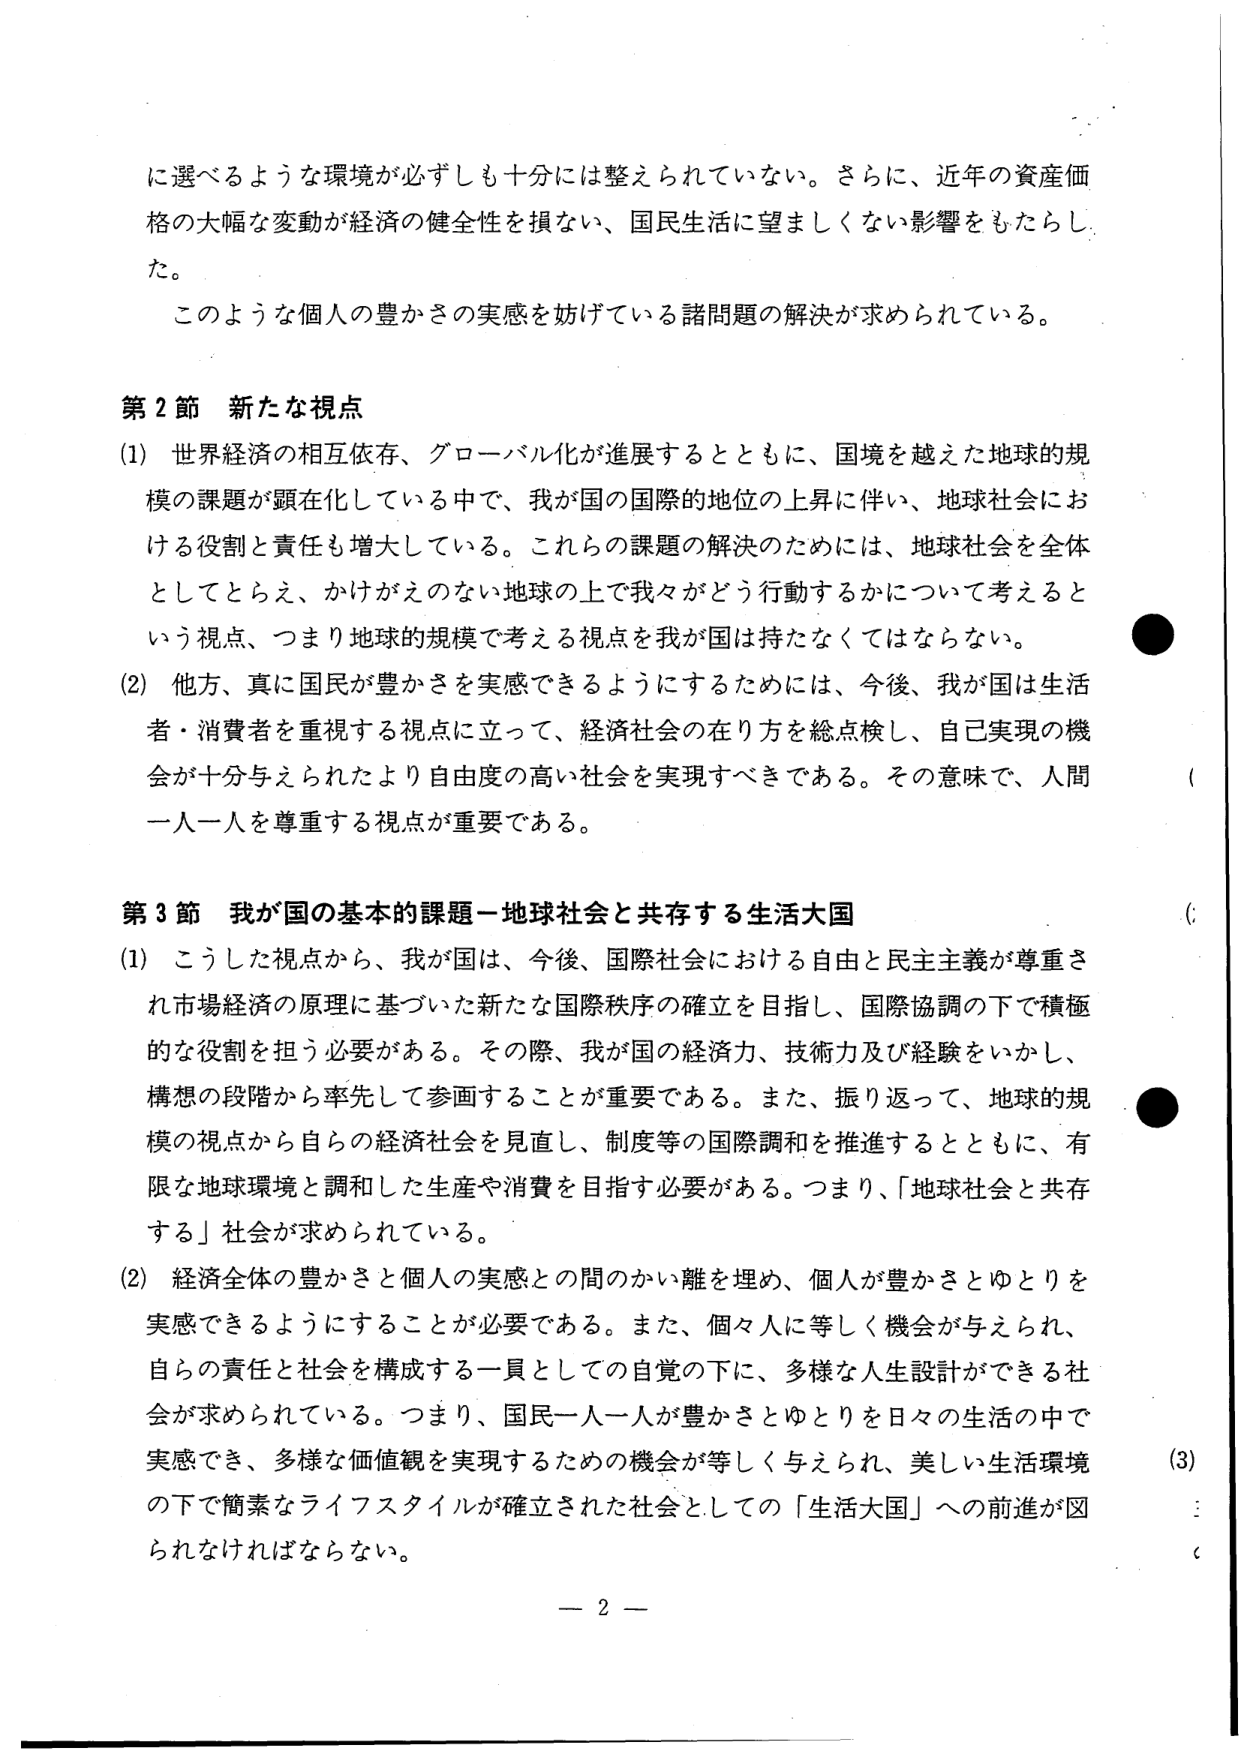
に選べるような環境が必ずしも十分には整えられていない。さらに、近年の資産価格の大幅な変動が経済の健全性を損ない、国民生活に望ましくない影響をもたらした。

このような個人の豊かさの実感を妨げている諸問題の解決が求められている。

第2節 新たな視点

(1) 世界経済の相互依存、グローバル化が進展するとともに、国境を越えた地球的規模の課題が顕在化している中で、我が国の国際的地位の上昇に伴い、地球社会における役割と責任も増大している。これらの課題の解決のためには、地球社会を全体としてとらえ、かけがえのない地球の上で我々がどう行動するかについて考えるという視点、つまり地球的規模で考える視点を我が国は持たなくてはならない。

(2) 他方、真に国民が豊かさを実感できるようにするためには、今後、我が国は生活者・消費者を重視する視点に立って、経済社会の在り方を総点検し、自己実現の機会が十分与えられたより自由度の高い社会を実現すべきである。その意味で、人間一人一人を尊重する視点が重要である。

第3節 我が国の基本的課題－地球社会と共存する生活大国

(1) こうした視点から、我が国は、今後、国際社会における自由と民主主義が尊重され市場経済の原理に基づいた新たな国際秩序の確立を目指し、国際協調の下で積極的な役割を担う必要がある。その際、我が国の経済力、技術力及び経験をいかし、構想の段階から率先して参画することが重要である。また、振り返って、地球的規模の視点から自らの経済社会を見直し、制度等の国際調和を推進するとともに、有限な地球環境と調和した生産や消費を目指す必要がある。つまり、「地球社会と共存する」社会が求められている。

(2) 経済全体の豊かさと個人の実感との間のかい離を埋め、個人が豊かさとゆとりを実感できるようにすることが必要である。また、個々人に等しく機会が与えられ、自らの責任と社会を構成する一員としての自覚の下に、多様な人生設計ができる社会が求められている。つまり、国民一人一人が豊かさとゆとりを日々の生活の中で実感でき、多様な価値観を実現するための機会が等しく与えられ、美しい生活環境の下で簡素なライフスタイルが確立された社会としての「生活大国」への前進が図られなければならない。

－ 2 －